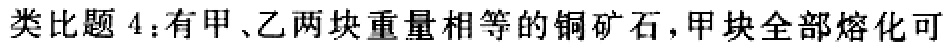
类比题4：有甲、乙两块重量相等的铜矿石，甲块全部熔化可